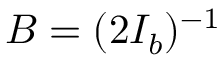
B = ( 2 I _ { b } ) ^ { - 1 }